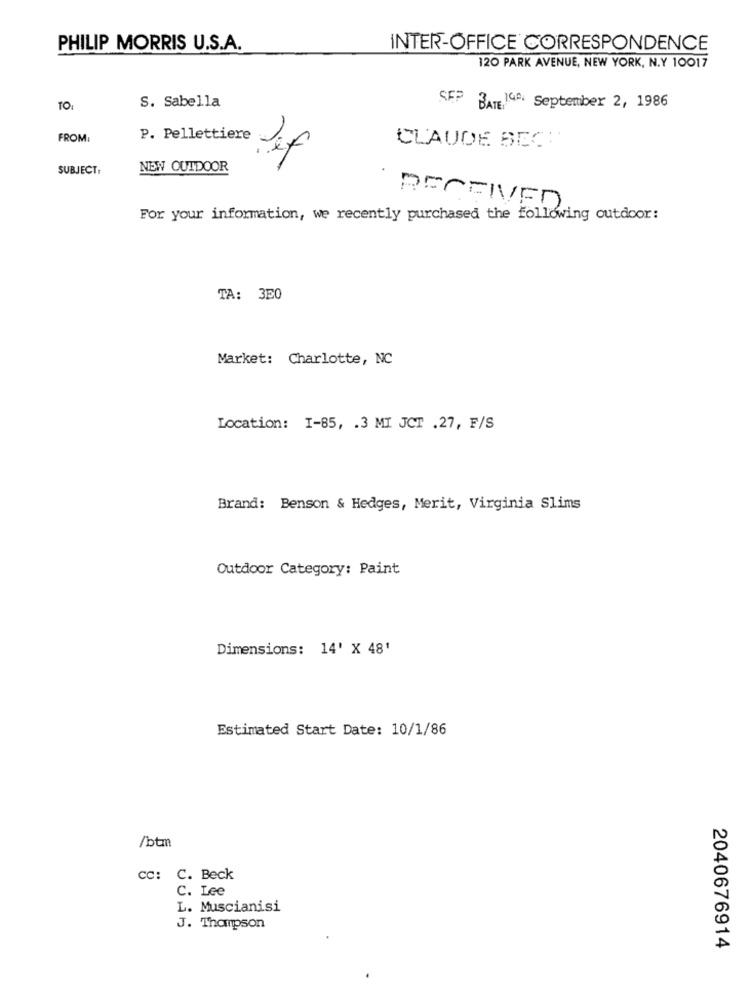
PHILIP MORRIS U.S.A.
INTER-OFFICE CORRESPONDENCE
120 PARK AVENUE, NEW YORK, N.Y 10017
S. Sabella
TO:
SEP BATE 140: September 2, 1986
FROM:
P. Pellettiere
CLAUDE BECH
SUBJECT:
NEW OUTDOOR
RECEIVED.
For your information, we recently purchased the following outdoor:
TA: 3E0
Market: Charlotte, NC
Location: I-85, . 3 MI JCT .27, F/S
Brand: Benson & Hedges, Merit, Virginia Slims
Outdoor Category: Paint
Dimensions: 14' X 48'
Estimated Start Date: 10/1/86
/btm
cc: C. Beck
C. Lee
L. Muscianisi
J. Thompson
2040676914